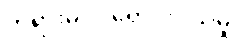
တရားမဝင်ရောင်းဝယ်မှု